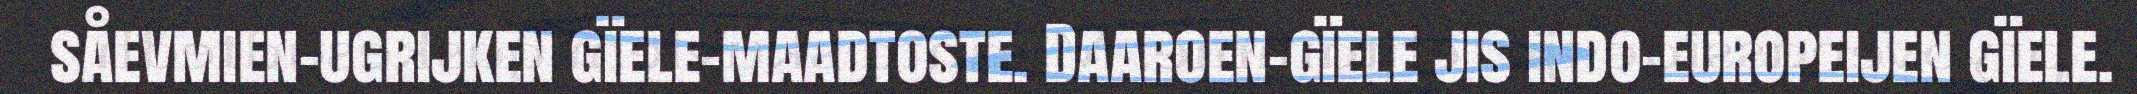
såevmien-ugrijken gïele-maadtoste. Daaroen-gïele jis indo-europeijen gïele.